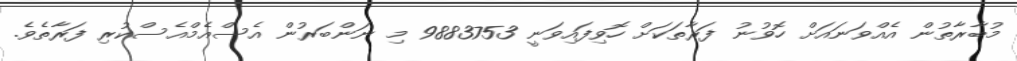
މުބާރާތުން އެއްވަނައަށް ހޮވުނު ފަރާތަކަށް ހޮވިފައިވަނީ 9883753 މި ނަންބަރުން އެސްއެމްއެސްކުރި ފަރާތެވެ.